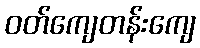
ဝတ်ကျေတန်းကျေ